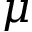
\mu